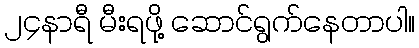
၂၄နာရီ မီးရဖို့ ဆောင်ရွက်နေတာပါ။